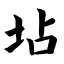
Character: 坫